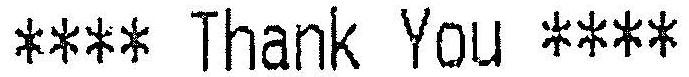
**** THANK YOU ****